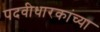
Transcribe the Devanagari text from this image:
पदवीधारकांच्या